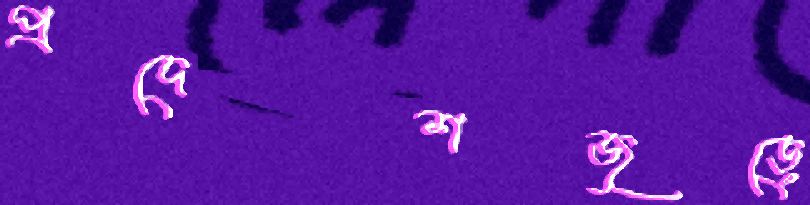
প্রদেশজুড়ে